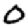
Digit: 0